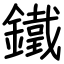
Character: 鐵